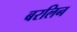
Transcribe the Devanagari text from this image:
बरलिन